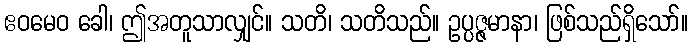
ဧဝမေဝ ခေါ၊ ဤအတူသာလျှင်။ သတိ၊ သတိသည်။ ဥပ္ပဇ္ဇမာနာ၊ ဖြစ်သည်ရှိသော်။